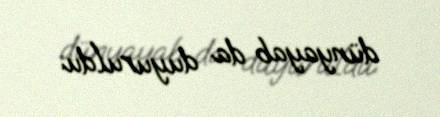
dünyayab da duyuruldu.